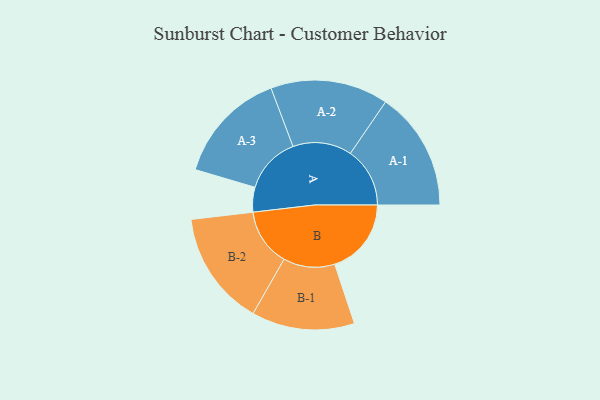
{"axis": {"x": "Segment", "y": "Value"}, "legend": ["", "A", "B"], "data": [{"x": "A", "y": 120, "type": ""}, {"x": "B", "y": 372, "type": ""}, {"x": "A-1", "y": 289, "type": "A"}, {"x": "A-2", "y": 286, "type": "A"}, {"x": "A-3", "y": 275, "type": "A"}, {"x": "B-1", "y": 250, "type": "B"}, {"x": "B-2", "y": 279, "type": "B"}]}